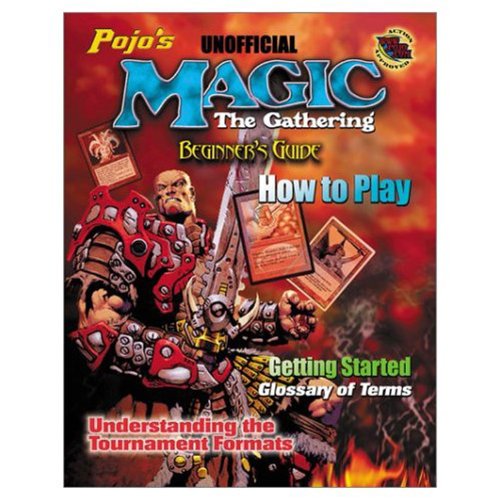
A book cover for Pojo's Magic: The Gathering: Beginner's Guide and How to Play; Science Fiction & Fantasy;